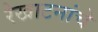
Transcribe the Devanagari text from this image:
रेखाटनांचे